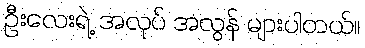
ဦးလေးရဲ့ အလုပ် အလွန် များပါတယ်။